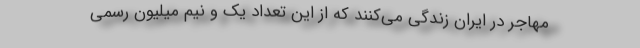
مهاجر در ایران زندگی می‌کنند که از این تعداد یک و نیم میلیون رسمی